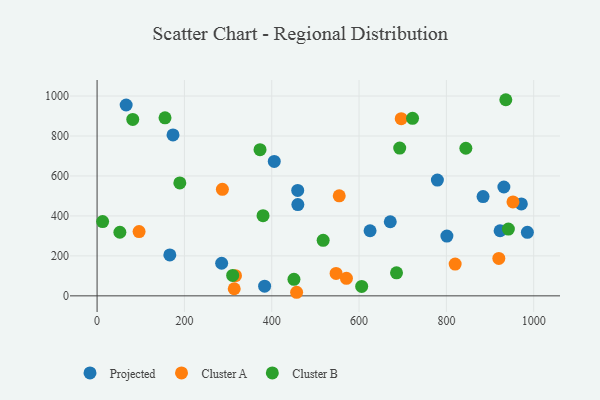
{"axis": {"x": "Investment", "y": "Demand"}, "legend": ["Cluster A", "Cluster B", "Projected"], "data": [{"x": "625.2", "y": 325.9, "type": "Projected"}, {"x": "66.6", "y": 955.2, "type": "Projected"}, {"x": "405.8", "y": 672.5, "type": "Projected"}, {"x": "801.2", "y": 298.9, "type": "Projected"}, {"x": "166.6", "y": 204.7, "type": "Projected"}, {"x": "459.5", "y": 527.4, "type": "Projected"}, {"x": "931.7", "y": 544.7, "type": "Projected"}, {"x": "971.7", "y": 460.2, "type": "Projected"}, {"x": "923.0", "y": 325.9, "type": "Projected"}, {"x": "779.4", "y": 579.5, "type": "Projected"}, {"x": "884.0", "y": 497.0, "type": "Projected"}, {"x": "173.9", "y": 805.2, "type": "Projected"}, {"x": "285.3", "y": 163.1, "type": "Projected"}, {"x": "459.8", "y": 457.0, "type": "Projected"}, {"x": "985.5", "y": 317.9, "type": "Projected"}, {"x": "383.7", "y": 48.6, "type": "Projected"}, {"x": "671.5", "y": 370.8, "type": "Projected"}, {"x": "314.1", "y": 35.5, "type": "Cluster A"}, {"x": "287.0", "y": 533.2, "type": "Cluster A"}, {"x": "554.6", "y": 500.8, "type": "Cluster A"}, {"x": "547.4", "y": 112.2, "type": "Cluster A"}, {"x": "696.6", "y": 886.9, "type": "Cluster A"}, {"x": "317.0", "y": 100.8, "type": "Cluster A"}, {"x": "457.0", "y": 17.9, "type": "Cluster A"}, {"x": "920.1", "y": 187.1, "type": "Cluster A"}, {"x": "571.1", "y": 87.9, "type": "Cluster A"}, {"x": "96.2", "y": 321.9, "type": "Cluster A"}, {"x": "952.5", "y": 469.9, "type": "Cluster A"}, {"x": "820.1", "y": 159.0, "type": "Cluster A"}, {"x": "844.6", "y": 738.6, "type": "Cluster B"}, {"x": "936.1", "y": 981.5, "type": "Cluster B"}, {"x": "155.6", "y": 890.7, "type": "Cluster B"}, {"x": "81.7", "y": 882.8, "type": "Cluster B"}, {"x": "450.9", "y": 82.7, "type": "Cluster B"}, {"x": "693.1", "y": 739.5, "type": "Cluster B"}, {"x": "373.2", "y": 731.3, "type": "Cluster B"}, {"x": "722.5", "y": 888.2, "type": "Cluster B"}, {"x": "517.8", "y": 277.8, "type": "Cluster B"}, {"x": "310.5", "y": 102.4, "type": "Cluster B"}, {"x": "52.2", "y": 318.3, "type": "Cluster B"}, {"x": "685.8", "y": 115.4, "type": "Cluster B"}, {"x": "189.5", "y": 565.2, "type": "Cluster B"}, {"x": "942.0", "y": 334.3, "type": "Cluster B"}, {"x": "12.7", "y": 371.6, "type": "Cluster B"}, {"x": "380.1", "y": 401.3, "type": "Cluster B"}, {"x": "606.0", "y": 47.4, "type": "Cluster B"}]}